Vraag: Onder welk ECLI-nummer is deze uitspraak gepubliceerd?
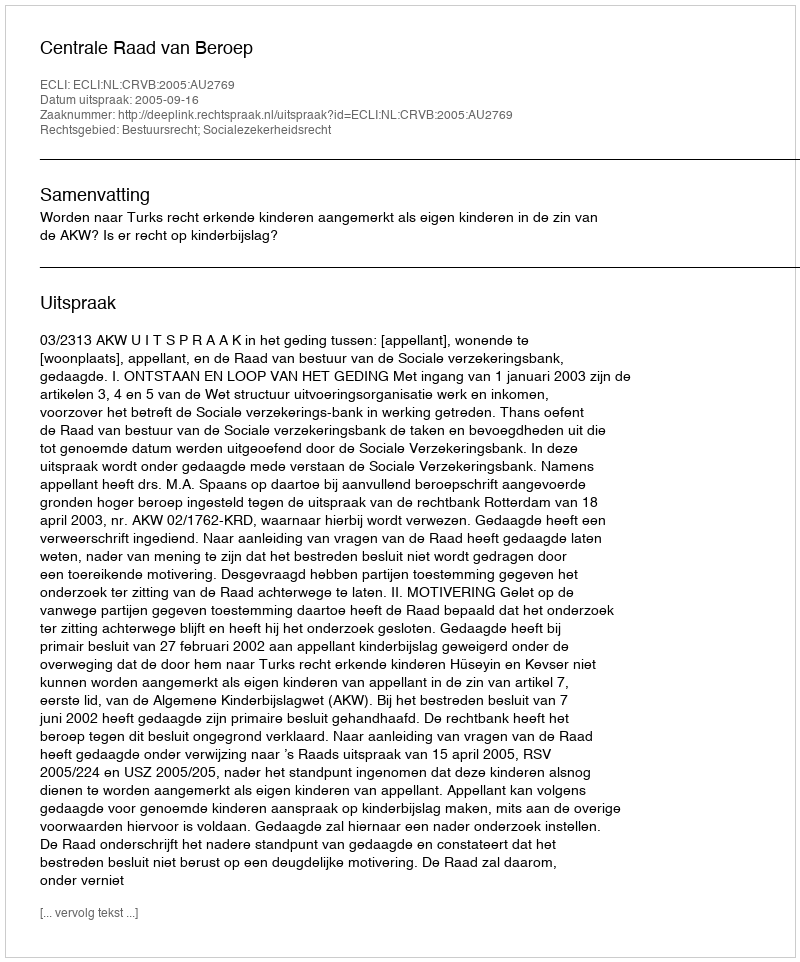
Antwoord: ECLI:NL:CRVB:2005:AU2769